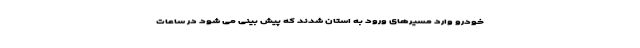
خودرو وارد مسیرهای ورود به استان شدند که پیش بینی می شود در ساعات